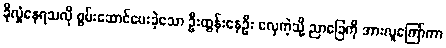
ခိုလှုံနေရသလို စွမ်းဆောင်ပေးခဲ့သော ဦးထွန်းနေဦး လှေကဲ့သို့ ညာခြေကို အားလူကြော်ကာ